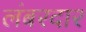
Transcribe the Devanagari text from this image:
लंबरदार